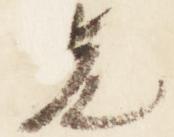
先